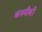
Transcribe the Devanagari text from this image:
कंपनीकी